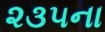
૨૩૫ના